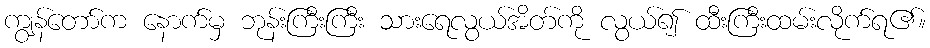
ကျွန်တော်က နောက်မှ ဘုန်းကြီးကြီး သားရေလွယ်အိတ်ကို လွယ်၍ ထီးကြီးထမ်းလိုက်ရ၏။